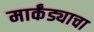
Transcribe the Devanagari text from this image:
मार्कंड्याचा